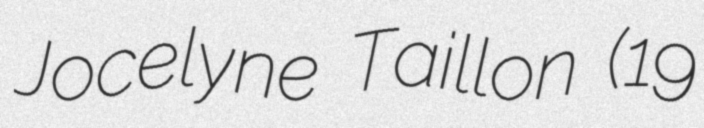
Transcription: Jocelyne Taillon (19